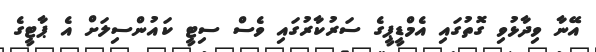
އޭނާ ވިދާޅުވި ގޮތުގައި އެމްޑީޕީގެ ސަރުކާރުގައި ވެސް ސިޓީ ކައުންސިލަށް އެ ޕާޓީގެ